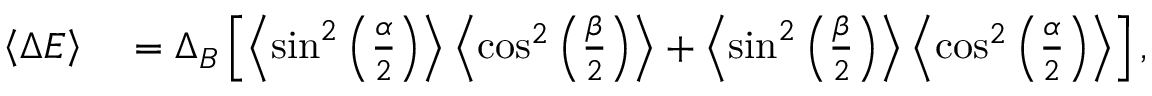
\begin{array} { r l } { \left\langle { \Delta E } \right\rangle } & { { } = \Delta _ { B } \left[ \left\langle { \sin ^ { 2 } \left( \frac { \alpha } { 2 } \right) } \right\rangle \left\langle { \cos ^ { 2 } \left( \frac { \beta } { 2 } \right) } \right\rangle + \left\langle { \sin ^ { 2 } \left( \frac { \beta } { 2 } \right) } \right\rangle \left\langle { \cos ^ { 2 } \left( \frac { \alpha } { 2 } \right) } \right\rangle \right] , } \end{array}